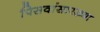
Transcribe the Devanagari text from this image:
पिसवांसारख्या